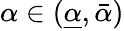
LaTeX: \alpha\in(\underline{{\alpha}},\bar{\alpha})